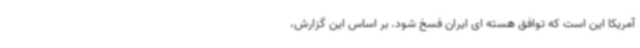
آمریکا این است که توافق هسته ای ایران فسخ شود. بر اساس این گزارش،